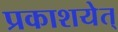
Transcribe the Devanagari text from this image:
प्रकाशयेत्